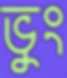
ভুং